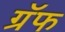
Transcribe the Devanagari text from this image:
ग्रॅफ